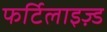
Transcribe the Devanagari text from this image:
फर्टिलाइज़्ड